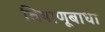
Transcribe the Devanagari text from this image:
विषाणूबाधा